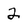
Character: 2